Civil Veterinary Department. Central Provinces & Berar 1925-31 - 1925-1931
Year: 1925
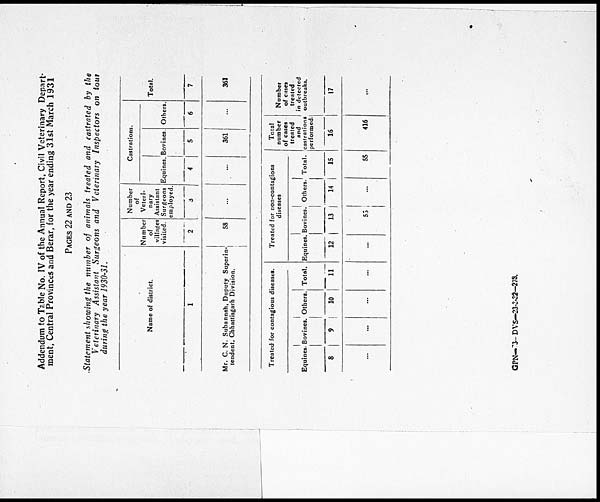
Addendum to Table No. IV of the Annual Report, Civil Veterinary Depart-
ment, Central Provinces and Berar, for the year ending 31st March 1931
PAGES 22 AND 23
Statement showing the number of animals treated and castrated by the
Veterinary Assistant Surgeons and Veterinary Inspectors on tour
during the year 1930-31
Name of district.
1
Mr. C. N. Subannsh, Duputy Superin-
tendent, Chhattisgarh Division.
Number
of
villages
visited.
2
58
Number
of
Veteri-
nary
Assistant
Surgeons
employed.
3
...
Castrations.
Equines.
4
...
Bovines.
5
361
Others.
6
...
Total.
7
361
Treated for contagious diseases.
Equines.
8
...
Bovines.
9
...
Others.
10
...
Total.
11
...
Treated for non-contagious
diseases
Equines.
12
...
Bovines.
13
53
Others.
14
...
Total.
15
55
Total
number
of cases
treated
and
castrations
performed.
16
416
Number
of cases
treated
in detected
outbreaks.
17
...
GPN— 3—DVS—23-3-32-278.